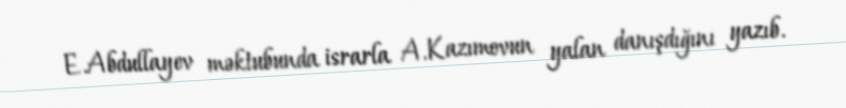
E.Abdullayev məktubunda israrla A.Kazımovun yalan danışdığını yazıb.